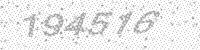
Solution: 194516